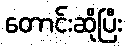
တောင်းဆိုပြီး